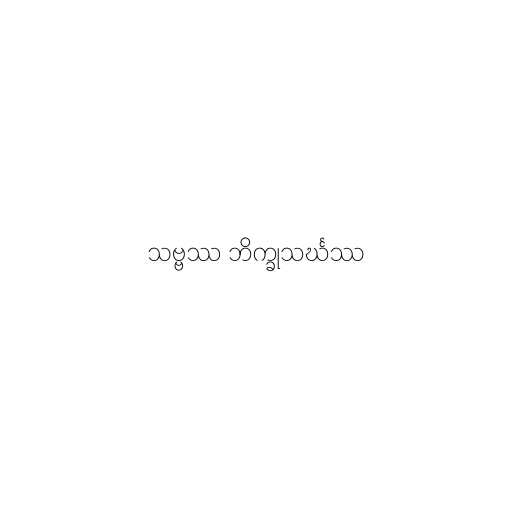
သဗ္ဗဿ ဘိက္ခုသင်္ဃဿ